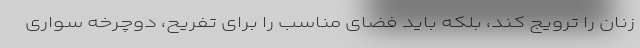
زنان را ترویج کند، بلکه باید فضای مناسب را برای تفریح، دوچرخه سواری